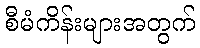
စီမံကိန်းများအတွက်